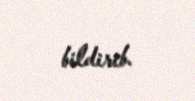
bildirib.